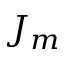
J _ { m }